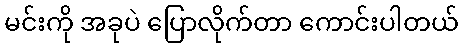
မင်းကို အခုပဲ ပြောလိုက်တာ ကောင်းပါတယ်